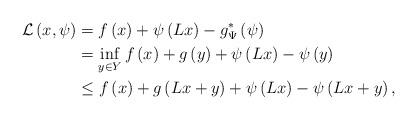
LaTeX: \begin{align*}\mathcal{L}\left(x,\psi\right) & =f\left(x\right)+\psi\left(Lx\right)-g_{\Psi}^{*}\left(\psi\right)\\ & =\inf_{y\in Y}f\left(x\right)+g\left(y\right)+\psi\left(Lx\right)-\psi\left(y\right)\\ & \leq f\left(x\right)+g\left(Lx+y\right)+\psi\left(Lx\right)-\psi\left(Lx+y\right),\end{align*}